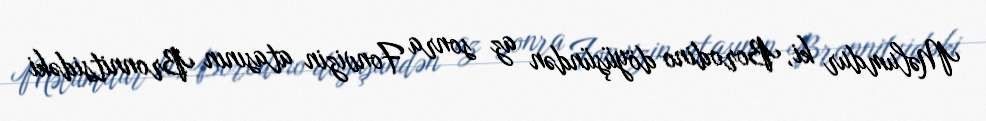
Məlumdur ki, Borodino döyüşündən az sonra Fonvizin atasının Bronnitsidəki